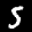
Label: 5